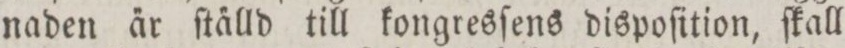
naden a̋r ſta̋lld till kongresſens dispoſition, ſkall